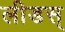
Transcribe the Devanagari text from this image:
लीडस्